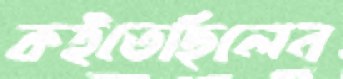
কইতেছিলেন